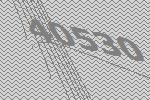
40530